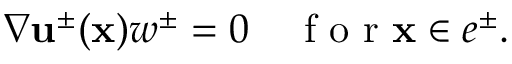
\begin{array} { r } { \nabla { \mathbf u } ^ { \pm } ( { \mathbf x } ) w ^ { \pm } = 0 \quad \mathrm { ~ f ~ o ~ r ~ } { \mathbf x } \in e ^ { \pm } . } \end{array}